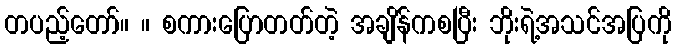
တပည့်တော်။ ။ စကားပြောတတ်တဲ့ အချိန်ကစပြီး ဘိုးရဲ့အသင်အပြကို